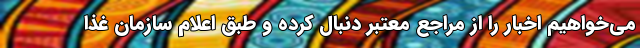
می‌خواهیم اخبار را از مراجع معتبر دنبال کرده و طبق اعلام سازمان غذا